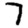
Digit: 7